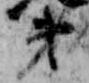
第